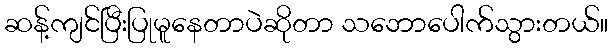
ဆန့်ကျင်ပြီးပြုမူနေတာပဲဆိုတာ သဘောပေါက်သွားတယ်။